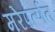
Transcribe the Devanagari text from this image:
मरेपर्त्णत